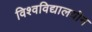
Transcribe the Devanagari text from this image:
विश्‍वविद्यालयीन